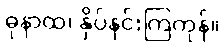
ဓုနာထ၊ နှိပ်နင်းကြကုန်။